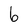
Character: 6